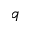
q